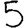
Digit: 5